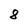
Character: 8